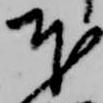
本